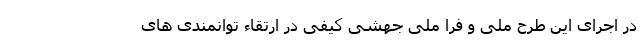
در اجرای این طرح ملّی و فرا ملّی جهشی کیفی در ارتقاء توانمندی های